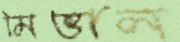
মিত্তাল